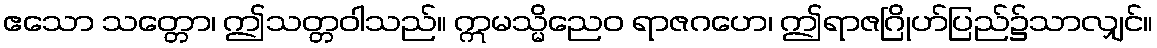
ဧသော သတ္တော၊ ဤသတ္တဝါသည်။ ဣမသ္မိညေဝ ရာဇဂဟေ၊ ဤရာဇဂြိုဟ်ပြည်၌သာလျှင်။